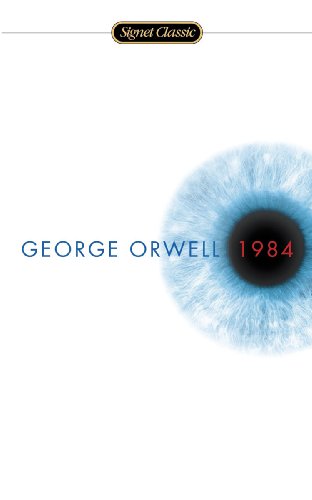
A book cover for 1984 (Turtleback School & Library Binding Edition) (Signet Classics); George Orwell; Teen & Young Adult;